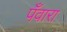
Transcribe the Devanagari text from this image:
पँवारा